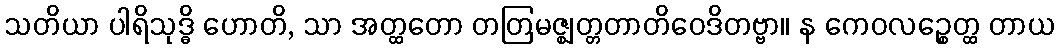
သတိယာ ပါရိသုဒ္ဓိ ဟောတိ, သာ အတ္ထတော တတြမဇ္ဈတ္တတာတိဝေဒိတဗ္ဗာ။ န ကေဝလဉ္စေတ္ထ တာယ